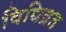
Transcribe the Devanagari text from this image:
विधिव्रत